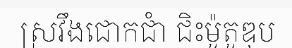
ស្រវឹងជោកជាំ ជិះម៉ូតូឌុប